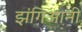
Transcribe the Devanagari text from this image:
झंगिआनी